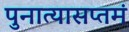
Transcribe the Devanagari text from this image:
पुनात्यासप्तमं